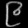
Digit: ၉